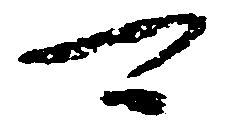
可